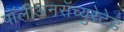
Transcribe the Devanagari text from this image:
पॉलीअनसॅच्युरेटेड